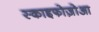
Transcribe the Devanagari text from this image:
स्काइफोज़ोआ